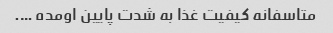
متاسفانه کیفیت غذا به شدت پایین اومده ….